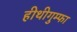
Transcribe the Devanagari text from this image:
हीथीगुम्फा